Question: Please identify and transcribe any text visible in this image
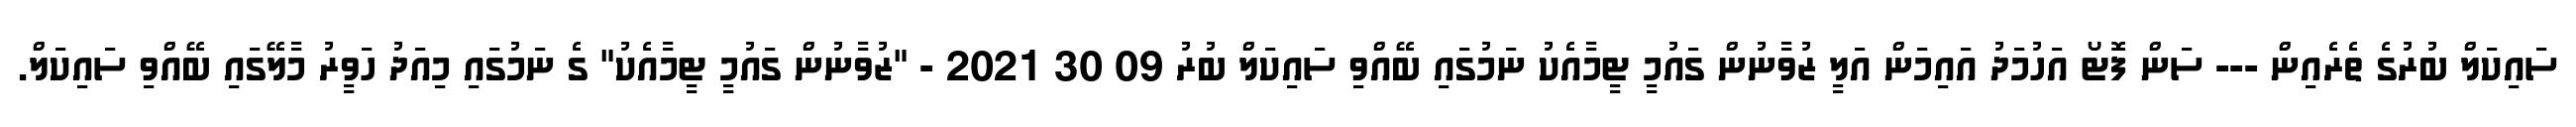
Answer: ސައިކަލް ބުރުގެ ތެރެއިން --- ސަން ފޮޓޯ އަހުމަދު އައިމަން އަލީ ޒުވާނުން ގައުމީ ޓީމާއެކު ނަމުގައި ބޭއްވި ސައިކަލް ބުރު 09 30 2021 - "ޒުވާނުން ގައުމީ ޓީމާއެކު" ގެ ނަމުގައި މިއަދު ހަވީރު މާލޭގައި ބޭއްވި ސައިކަލް.